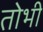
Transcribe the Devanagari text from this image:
तोभी